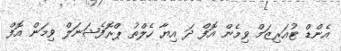
އެންޑް ޓުއަރިޒަމް ވިމެން އޮފް ދަ އިޔާ ހެލްތު ޕްރޮފެޝަނަލް ވިމަން އޮފް